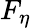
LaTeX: F_{\eta}